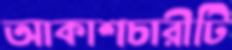
আকাশচারীটি